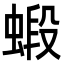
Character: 𧎚